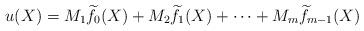
LaTeX: \begin{align*}u(X)=M_{1}\widetilde{f}_{0}(X)+M_{2}\widetilde{f}_{1}(X)+\cdots+M_{m}\widetilde{f}_{m-1}(X)\end{align*}